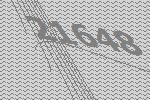
21648